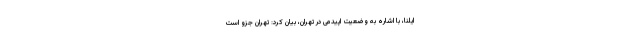
ایلنا، با اشاره به وضعیت اپیدمی در تهران، بیان کرد: تهران جزو است